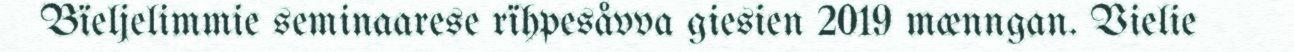
Bïeljelimmie seminaarese rïhpesåvva giesien 2019 mænngan. Vielie